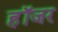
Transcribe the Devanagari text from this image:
हॉजर